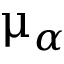
\upmu _ { \alpha }